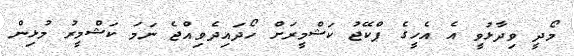
މޯދީ ވިދާޅުވީ އެ އެހީގެ ޕްކޭޖު ކަޝްމީރަށް ހޯދައިދެވިއްޖެ ނަމަ ކަޝްމީރު މުޅިން